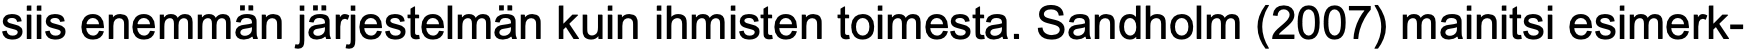
siis enemmän järjestelmän kuin ihmisten toimesta. Sandholm (2007) mainitsi esimerk-